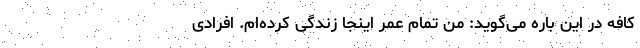
کافه در این باره می‌گوید: من تمام عمر اینجا زندگی کرده‌ام. افرادی